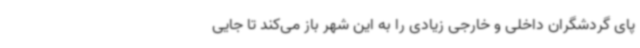
پای گردشگران داخلی و خارجی زیادی را به این شهر باز می‌کند تا جایی